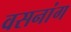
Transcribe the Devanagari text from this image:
वसनांग